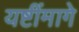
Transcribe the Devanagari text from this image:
यष्टींमागे